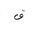
Letter: _qaf